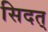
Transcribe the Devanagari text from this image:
सिदत्